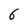
Character: 5